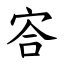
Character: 㝓